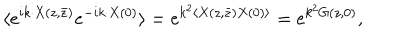
\langle e ^ { i k \cdot X ( z , \bar { z } ) } e ^ { - i k \cdot X ( 0 ) } \rangle = e ^ { k ^ { 2 } \langle X ( z , \bar { z } ) X ( 0 ) \rangle } = e ^ { k ^ { 2 } G ( z , 0 ) } ,